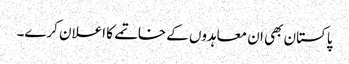
پاکستان بھی ان معاہدوں کے خاتمے کا اعلان کرے۔